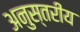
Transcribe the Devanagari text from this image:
अनुस्तरीय